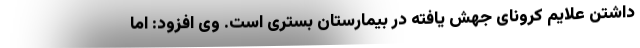
داشتن علایم کرونای جهش یافته در بیمارستان بستری است. وی افزود: اما